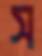
স